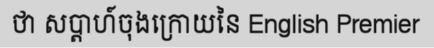
ថា សប្តាហ៍ចុងក្រោយនៃ English Premier